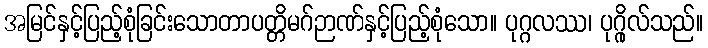
အမြင်နှင့်ပြည့်စုံခြင်းသောတာပတ္တိမဂ်ဉာဏ်နှင့်ပြည့်စုံသော။ ပုဂ္ဂလဿ၊ ပုဂ္ဂိုလ်သည်။